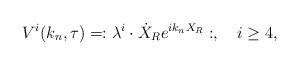
LaTeX: \begin{align*}V^i(k_n,\tau) = :\lambda^i\cdot\dot{X}_R e^{ik_nX_R}:, \quad i\ge 4 ,\end{align*}